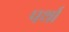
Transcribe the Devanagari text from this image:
पर्था